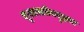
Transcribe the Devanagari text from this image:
भूशास्त्रीयदृष्ट्या